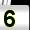
Digit: 5